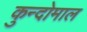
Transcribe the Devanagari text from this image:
कुन्दोमाल